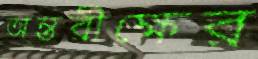
অন্তরীক্ষের